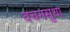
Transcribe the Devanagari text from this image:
वचनसुधा